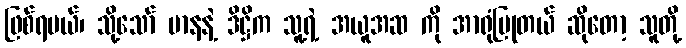
ဖြစ်ရမယ်၊ သို့သော် မာနနဲ့ ဒိဋ္ဌိက သူ့ရဲ့ အယူအဆ ကို အာရုံပြုတယ် ဆိုတော့ သူတို့